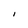
Character: I